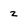
Character: z